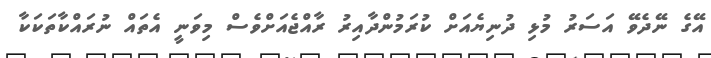
އޭގެ ނޭދެވޭ އަސަރު މުޅި ދުނިޔެއަށް ކުރަމުންދާއިރު ރާއްޖެއަށްވެސް މިވަނީ އެތައް ނުރައްކާތަކަކާ